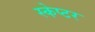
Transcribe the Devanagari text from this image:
स्केप्टर